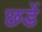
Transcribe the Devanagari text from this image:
छडें